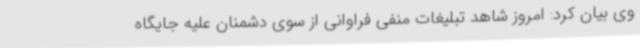
وی بیان کرد: امروز شاهد تبلیغات منفی فراوانی از سوی دشمنان علیه جایگاه